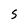
Character: S